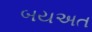
બયઅત